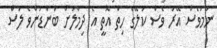
ނަމަވެސް އޭރު ވެސް ކަލޭގެ ހިތް އޮތީ އެ ދިމާލަށް ބަންޑުންވެ ލަސް